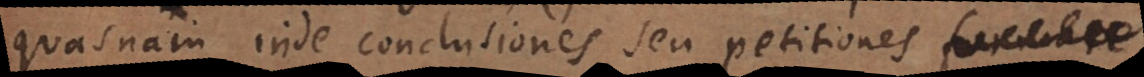
quasnam inde conclusiones seu petitiones formare